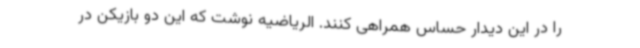
را در این دیدار حساس همراهی کنند. الریاضیه نوشت که این دو بازیکن در